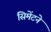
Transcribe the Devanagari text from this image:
सिमेंटने